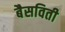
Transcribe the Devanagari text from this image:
बैसविती